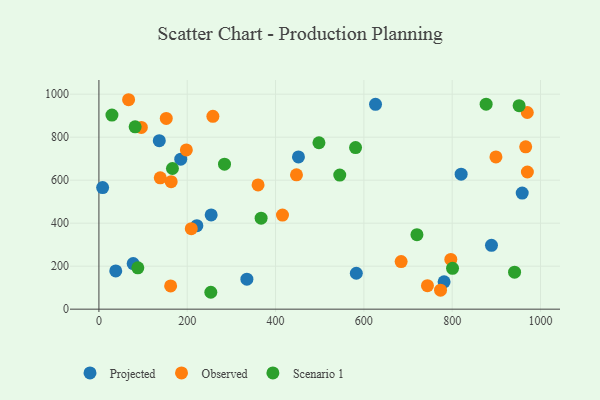
{"axis": {"x": "Price", "y": "Demand"}, "legend": ["Observed", "Projected", "Scenario 1"], "data": [{"x": "254.2", "y": 438.2, "type": "Projected"}, {"x": "185.3", "y": 697.9, "type": "Projected"}, {"x": "77.6", "y": 212.2, "type": "Projected"}, {"x": "582.9", "y": 167.2, "type": "Projected"}, {"x": "451.9", "y": 708.1, "type": "Projected"}, {"x": "626.4", "y": 952.9, "type": "Projected"}, {"x": "335.1", "y": 139.4, "type": "Projected"}, {"x": "221.8", "y": 388.5, "type": "Projected"}, {"x": "820.3", "y": 627.9, "type": "Projected"}, {"x": "38.1", "y": 177.8, "type": "Projected"}, {"x": "8.4", "y": 565.6, "type": "Projected"}, {"x": "889.0", "y": 297.1, "type": "Projected"}, {"x": "781.7", "y": 127.3, "type": "Projected"}, {"x": "958.6", "y": 540.0, "type": "Projected"}, {"x": "136.7", "y": 783.8, "type": "Projected"}, {"x": "138.9", "y": 611.0, "type": "Observed"}, {"x": "899.1", "y": 708.2, "type": "Observed"}, {"x": "744.0", "y": 109.5, "type": "Observed"}, {"x": "258.1", "y": 896.8, "type": "Observed"}, {"x": "447.4", "y": 624.8, "type": "Observed"}, {"x": "67.2", "y": 974.2, "type": "Observed"}, {"x": "209.2", "y": 374.3, "type": "Observed"}, {"x": "198.0", "y": 740.6, "type": "Observed"}, {"x": "163.6", "y": 592.9, "type": "Observed"}, {"x": "162.4", "y": 108.2, "type": "Observed"}, {"x": "966.5", "y": 755.1, "type": "Observed"}, {"x": "970.3", "y": 638.1, "type": "Observed"}, {"x": "796.9", "y": 231.2, "type": "Observed"}, {"x": "415.7", "y": 437.7, "type": "Observed"}, {"x": "152.5", "y": 887.0, "type": "Observed"}, {"x": "684.4", "y": 221.5, "type": "Observed"}, {"x": "96.1", "y": 845.5, "type": "Observed"}, {"x": "360.4", "y": 577.8, "type": "Observed"}, {"x": "970.1", "y": 914.8, "type": "Observed"}, {"x": "773.6", "y": 88.5, "type": "Observed"}, {"x": "498.3", "y": 774.1, "type": "Scenario 1"}, {"x": "82.0", "y": 848.2, "type": "Scenario 1"}, {"x": "166.5", "y": 654.4, "type": "Scenario 1"}, {"x": "545.4", "y": 623.6, "type": "Scenario 1"}, {"x": "29.5", "y": 902.8, "type": "Scenario 1"}, {"x": "253.4", "y": 78.6, "type": "Scenario 1"}, {"x": "367.3", "y": 423.3, "type": "Scenario 1"}, {"x": "581.2", "y": 751.5, "type": "Scenario 1"}, {"x": "876.9", "y": 953.6, "type": "Scenario 1"}, {"x": "284.4", "y": 674.3, "type": "Scenario 1"}, {"x": "951.6", "y": 946.4, "type": "Scenario 1"}, {"x": "800.8", "y": 190.1, "type": "Scenario 1"}, {"x": "941.3", "y": 172.1, "type": "Scenario 1"}, {"x": "720.2", "y": 346.7, "type": "Scenario 1"}, {"x": "88.1", "y": 192.5, "type": "Scenario 1"}]}